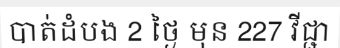
បាត់ដំបង 2 ថ្ងៃ មុន 227 វីជ្ជា